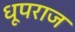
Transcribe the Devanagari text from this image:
धूपराज